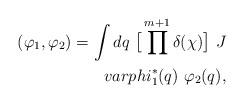
LaTeX: \begin{align*}(\varphi_1,\varphi_2)=\int dq\ \big[\prod^{m+1} \delta(\chi)\big]\ J\\varphi^*_1(q)\ \varphi_2(q),\end{align*}